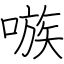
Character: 嗾